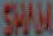
SHAM